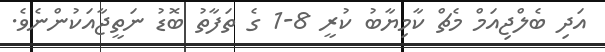
އަދި ބެލްޖިއަމް މެޗް ކާމިޔާބު ކުރީ 8-1 ގެ ތަފާތު ބޮޑު ނަތީޖާއަކުންނެވެ.